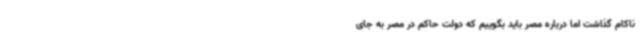
ناکام گذاشت اما درباره مصر باید بگوییم که دولت حاکم در مصر به جای